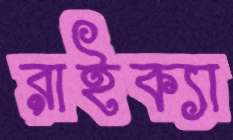
রাইক্যা